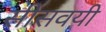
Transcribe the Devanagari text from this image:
सीसवयी